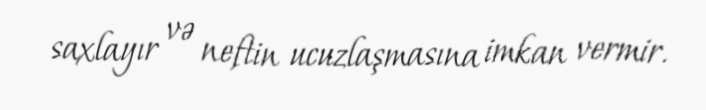
saxlayır və neftin ucuzlaşmasına imkan vermir.